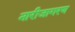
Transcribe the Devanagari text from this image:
नारीजागरण